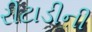
રીટાડીની